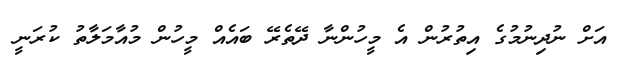
އަށް ނުދިނުމުގެ އިތުރުން އެ މީހުންނާ ދޭތެރޭ ބައެއް މީހުން މުއާމަލާތު ކުރަނީ